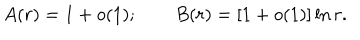
A ( r ) = 1 + o ( 1 ) ; \qquad B ( r ) = [ 1 + o ( 1 ) ] \ln r .